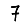
Digit: 7